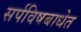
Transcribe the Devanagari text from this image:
सर्पविषबाधेत